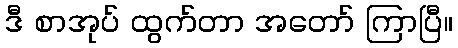
ဒီ စာအုပ် ထွက်တာ အတော် ကြာပြီ။